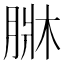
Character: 𦝆